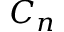
C _ { n }